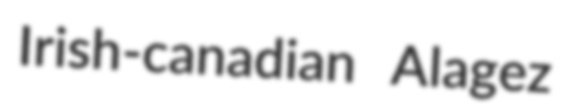
Irish-canadian Alagez